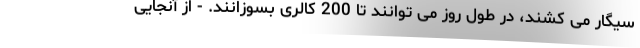
سیگار می کشند، در طول روز می توانند تا 200 کالری بسوزانند. - از آنجایی